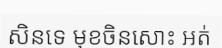
សិនទេ មុខចិនសោះ អត់